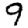
Digit: 9